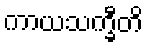
ကာယသက္ခီတိ